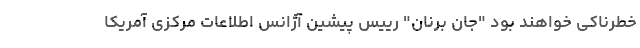
خطرناکی خواهند بود "جان برنان" رییس پیشین آژانس اطلاعات مرکزی آمریکا